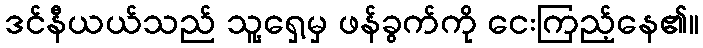
ဒင်နီယယ်သည် သူ့ရှေ့မှ ဖန်ခွက်ကို ငေးကြည့်နေ၏။